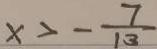
x > - \frac { 7 } { 1 3 }